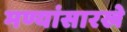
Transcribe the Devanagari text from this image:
मण्यांसारखे